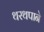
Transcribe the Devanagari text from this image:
थरथपाने